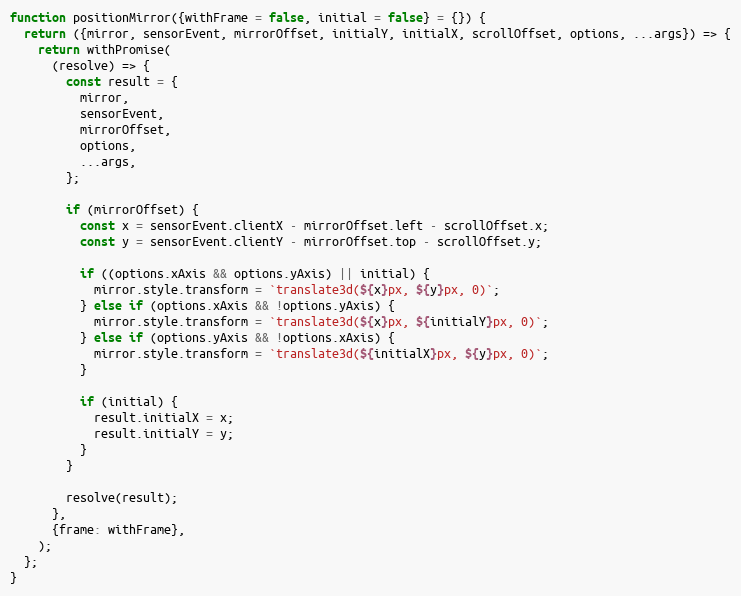
Language: JavaScript
function positionMirror({withFrame = false, initial = false} = {}) {
  return ({mirror, sensorEvent, mirrorOffset, initialY, initialX, scrollOffset, options, ...args}) => {
    return withPromise(
      (resolve) => {
        const result = {
          mirror,
          sensorEvent,
          mirrorOffset,
          options,
          ...args,
        };

        if (mirrorOffset) {
          const x = sensorEvent.clientX - mirrorOffset.left - scrollOffset.x;
          const y = sensorEvent.clientY - mirrorOffset.top - scrollOffset.y;

          if ((options.xAxis && options.yAxis) || initial) {
            mirror.style.transform = `translate3d(${x}px, ${y}px, 0)`;
          } else if (options.xAxis && !options.yAxis) {
            mirror.style.transform = `translate3d(${x}px, ${initialY}px, 0)`;
          } else if (options.yAxis && !options.xAxis) {
            mirror.style.transform = `translate3d(${initialX}px, ${y}px, 0)`;
          }

          if (initial) {
            result.initialX = x;
            result.initialY = y;
          }
        }

        resolve(result);
      },
      {frame: withFrame},
    );
  };
}